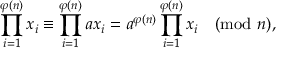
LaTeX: \prod _ { i = 1 } ^ { \varphi ( n ) } x _ { i } \equiv \prod _ { i = 1 } ^ { \varphi ( n ) } a x _ { i } = a ^ { \varphi ( n ) } \prod _ { i = 1 } ^ { \varphi ( n ) } x _ { i } { \pmod { n } } ,